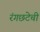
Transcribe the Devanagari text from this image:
रंगछटेची